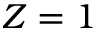
Z = 1